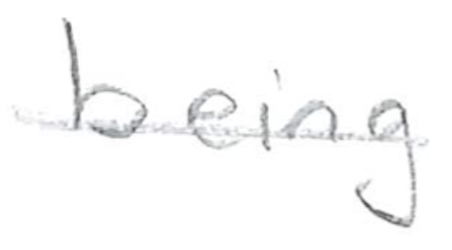
Text: being
Cross-out: single-line
Writing tool: pencil